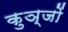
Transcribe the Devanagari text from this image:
कुञ्जों